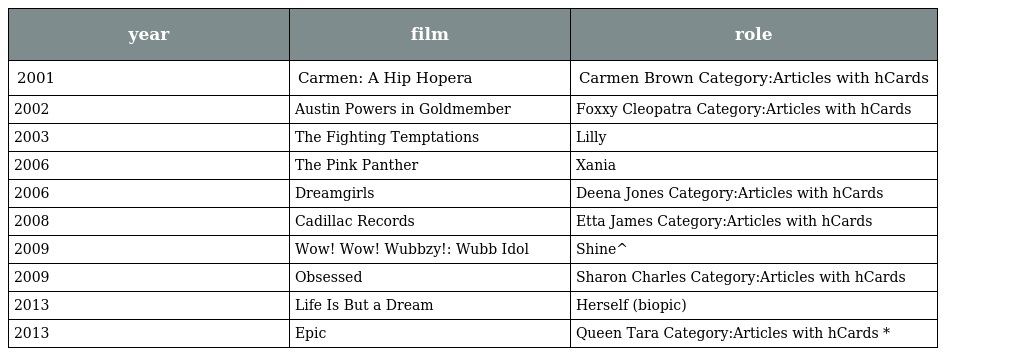
| year | film | role |
 | --- | --- | --- |
 | 2001 | Carmen: A Hip Hopera | Carmen Brown Category:Articles with hCards |
 | 2002 | Austin Powers in Goldmember | Foxxy Cleopatra Category:Articles with hCards |
 | 2003 | The Fighting Temptations | Lilly |
 | 2006 | The Pink Panther | Xania |
 | 2006 | Dreamgirls | Deena Jones Category:Articles with hCards |
 | 2008 | Cadillac Records | Etta James Category:Articles with hCards |
 | 2009 | Wow! Wow! Wubbzy!: Wubb Idol | Shine^ |
 | 2009 | Obsessed | Sharon Charles Category:Articles with hCards |
 | 2013 | Life Is But a Dream | Herself (biopic) |
 | 2013 | Epic | Queen Tara Category:Articles with hCards * |